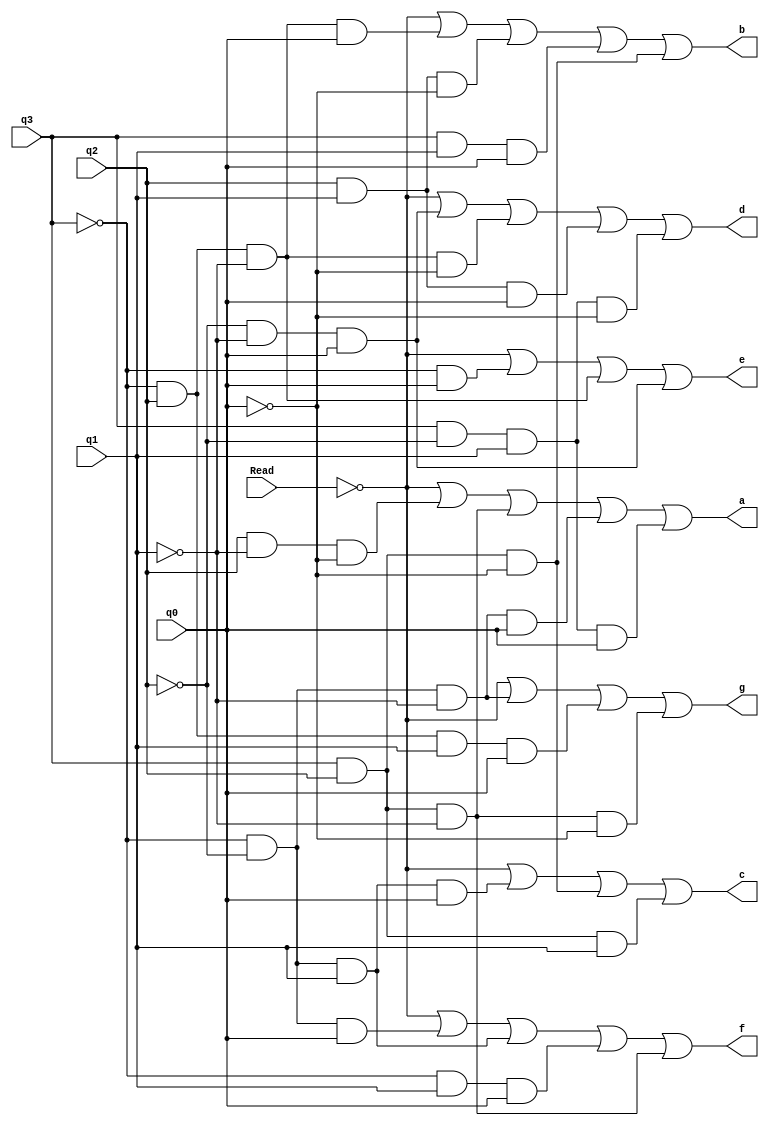
module HexaDisplay (q3,q2,q1,q0,Read,a,b,c,d,e,f,g);
input q3,q2,q1,q0,Read;
output a,b,c,d,e,f,g;

assign a= ~Read | q2&~q1&~q0 | q3&q2&~q1 | ~q3&~q2&~q1&q0 | q3&~q2&q1&q0;
assign b= ~Read |(~q3 & q2 & ~q1 & q0) | (q2 & q1 & ~q0) | (q3 & q1 & q0) | (q3 & q2 & ~q0);
assign c= ~Read |(~q3 & ~q2 & q1 & q0) | (q3 & q2 & ~q0) | (q3 & q2 & q1);
assign d=  ~Read |(~q2 & ~q1 & q0) | (~q3 & q2 & ~q1 & ~q0) | (q2 & q1 & q0) | (q3 & ~q2 & q1 & ~q0);
assign e= ~Read |(~q3 & q0) | (~q3 & q2 & ~q1) | (~q2 & ~q1 & q0);
assign f= ~Read |(~q3 & ~q2 & q0) | (~q3 & ~q2 & q1) | (~q3 & q1 & q0) | (q3 & q2 & ~q1);
assign g=  ~Read |(~q3 & ~q2 & ~q1) | (~q3 & q2 & q1 & q0)|(q3 & q2 & ~q1 & ~q0);

endmodule